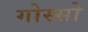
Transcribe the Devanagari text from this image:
गोस्सो